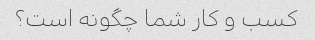
کسب و کار شما چگونه است؟